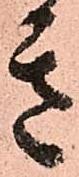
き